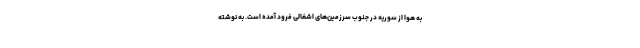
به هوا از سوریه در جنوب سرزمین‌های اشغالی فرود آمده است. به نوشته